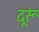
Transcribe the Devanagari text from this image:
दूरूं